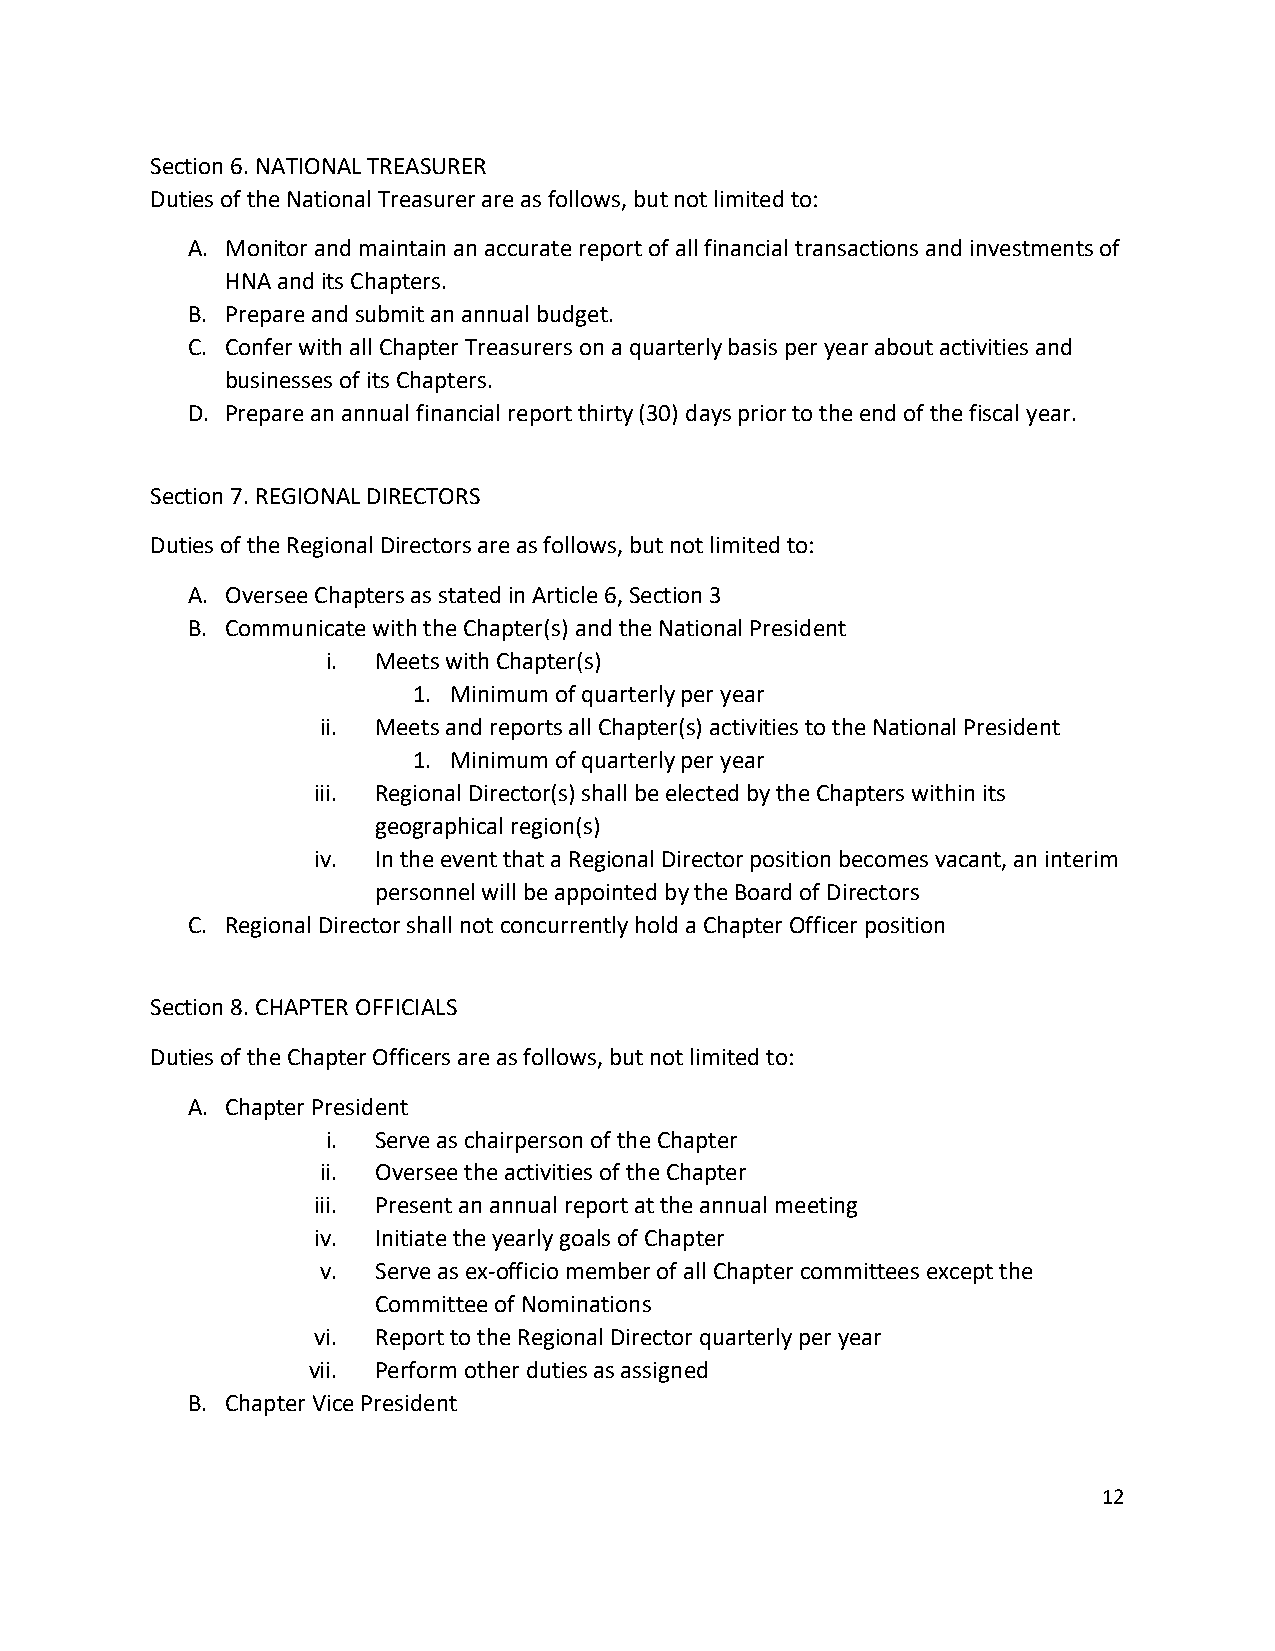
Section 6. NATIONAL TREASURER
 Duties of the National Treasurer are as follows, but not limited to:
 A. Monitor and maintain an accurate report of all financial transactions and investments of
 HNA and its Chapters.
 B. Prepare and submit an annual budget.
 C. Confer with all Chapter Treasurers on a quarterly basis per year about activities and
 businesses of its Chapters.
 D. Prepare an annual financial report thirty (30) days prior to the end of the fiscal year.
 Section 7. REGIONAL DIRECTORS
 Duties of the Regional Directors are as follows, but not limited to:
 A. Oversee Chapters as stated in Article 6, Section 3
 B. Communicate with the Chapter(s) and the National President
 i. Meets with Chapter(s)
 1. Minimum of quarterly per year
 ii. Meets and reports all Chapter(s) activities to the National President
 1. Minimum of quarterly per year
 iii. Regional Director(s) shall be elected by the Chapters within its
 geographical region(s)
 iv. In the event that a Regional Director position becomes vacant, an interim
 personnel will be appointed by the Board of Directors
 C. Regional Director shall not concurrently hold a Chapter Officer position
 Section 8. CHAPTER OFFICIALS
 Duties of the Chapter Officers are as follows, but not limited to:
 A. Chapter President
 i. Serve as chairperson of the Chapter
 ii. Oversee the activities of the Chapter
 iii. Present an annual report at the annual meeting
 iv. Initiate the yearly goals of Chapter
 v.  Serve as ex-officio member of all Chapter committees except the
 Committee of Nominations
 vi. Report to the Regional Director quarterly per year
 vii. Perform other duties as assigned
 B. Chapter Vice President
 12